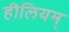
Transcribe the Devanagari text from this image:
हीलियम्